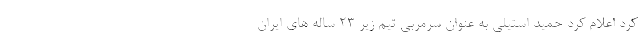
کرد اعلام کرد حمید استیلی به عنوان سرمربی تیم زیر 23 ساله های ایران